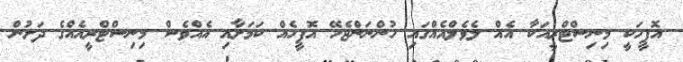
އޮފީހަކީ މިނިސްޓްރީއަކާ އެއް ލެވެލްއެއްގައި ހުންނަންޖެހޭ އޮފީހެއް ކަމަށާއި އެއްވެސް މިނިސްޓްރީއެއްގެ ދަށުން